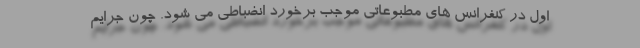
اول در کنفرانس های مطبوعاتی موجب برخورد انضباطی می شود. چون جرایم